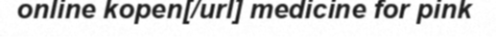
online kopen[/url] medicine for pink